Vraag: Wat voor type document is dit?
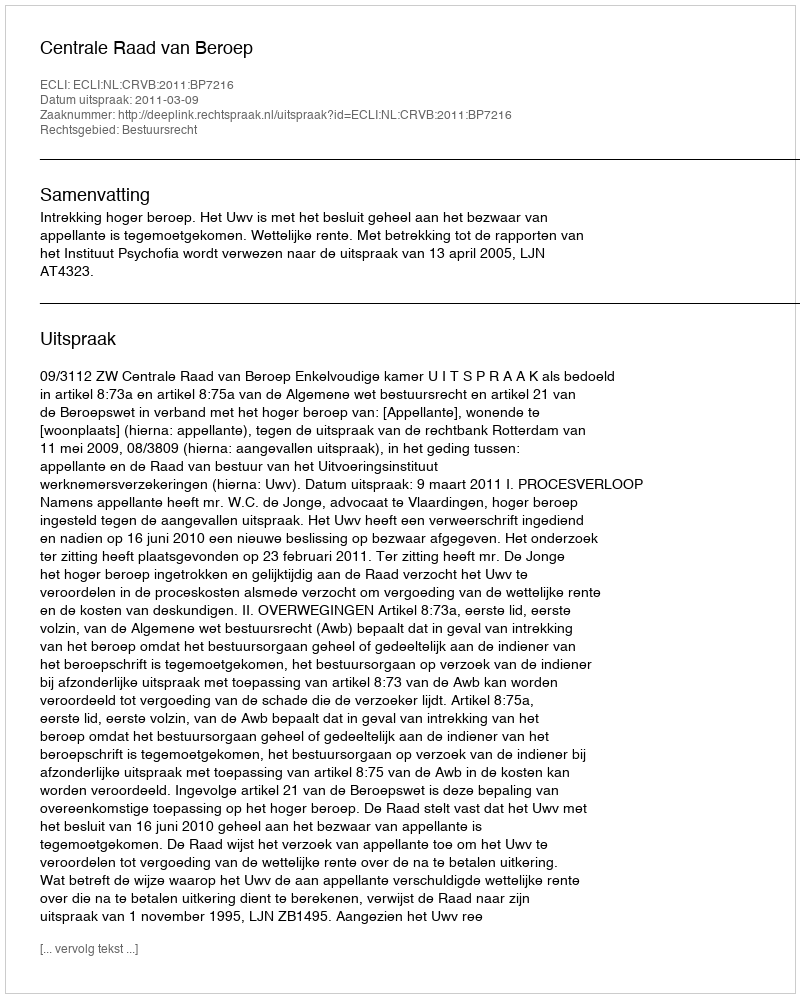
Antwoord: Uitspraak